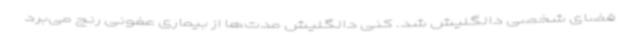
فضای شخصی دالگلیش شد. کنی دالگلیش مدت‌ها از بیماری عفونی رنج می‌برد